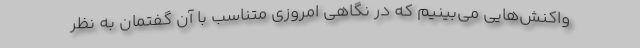
واکنش‌هایی می‌بینیم که در نگاهی امروزی متناسب با آن گفتمان به نظر